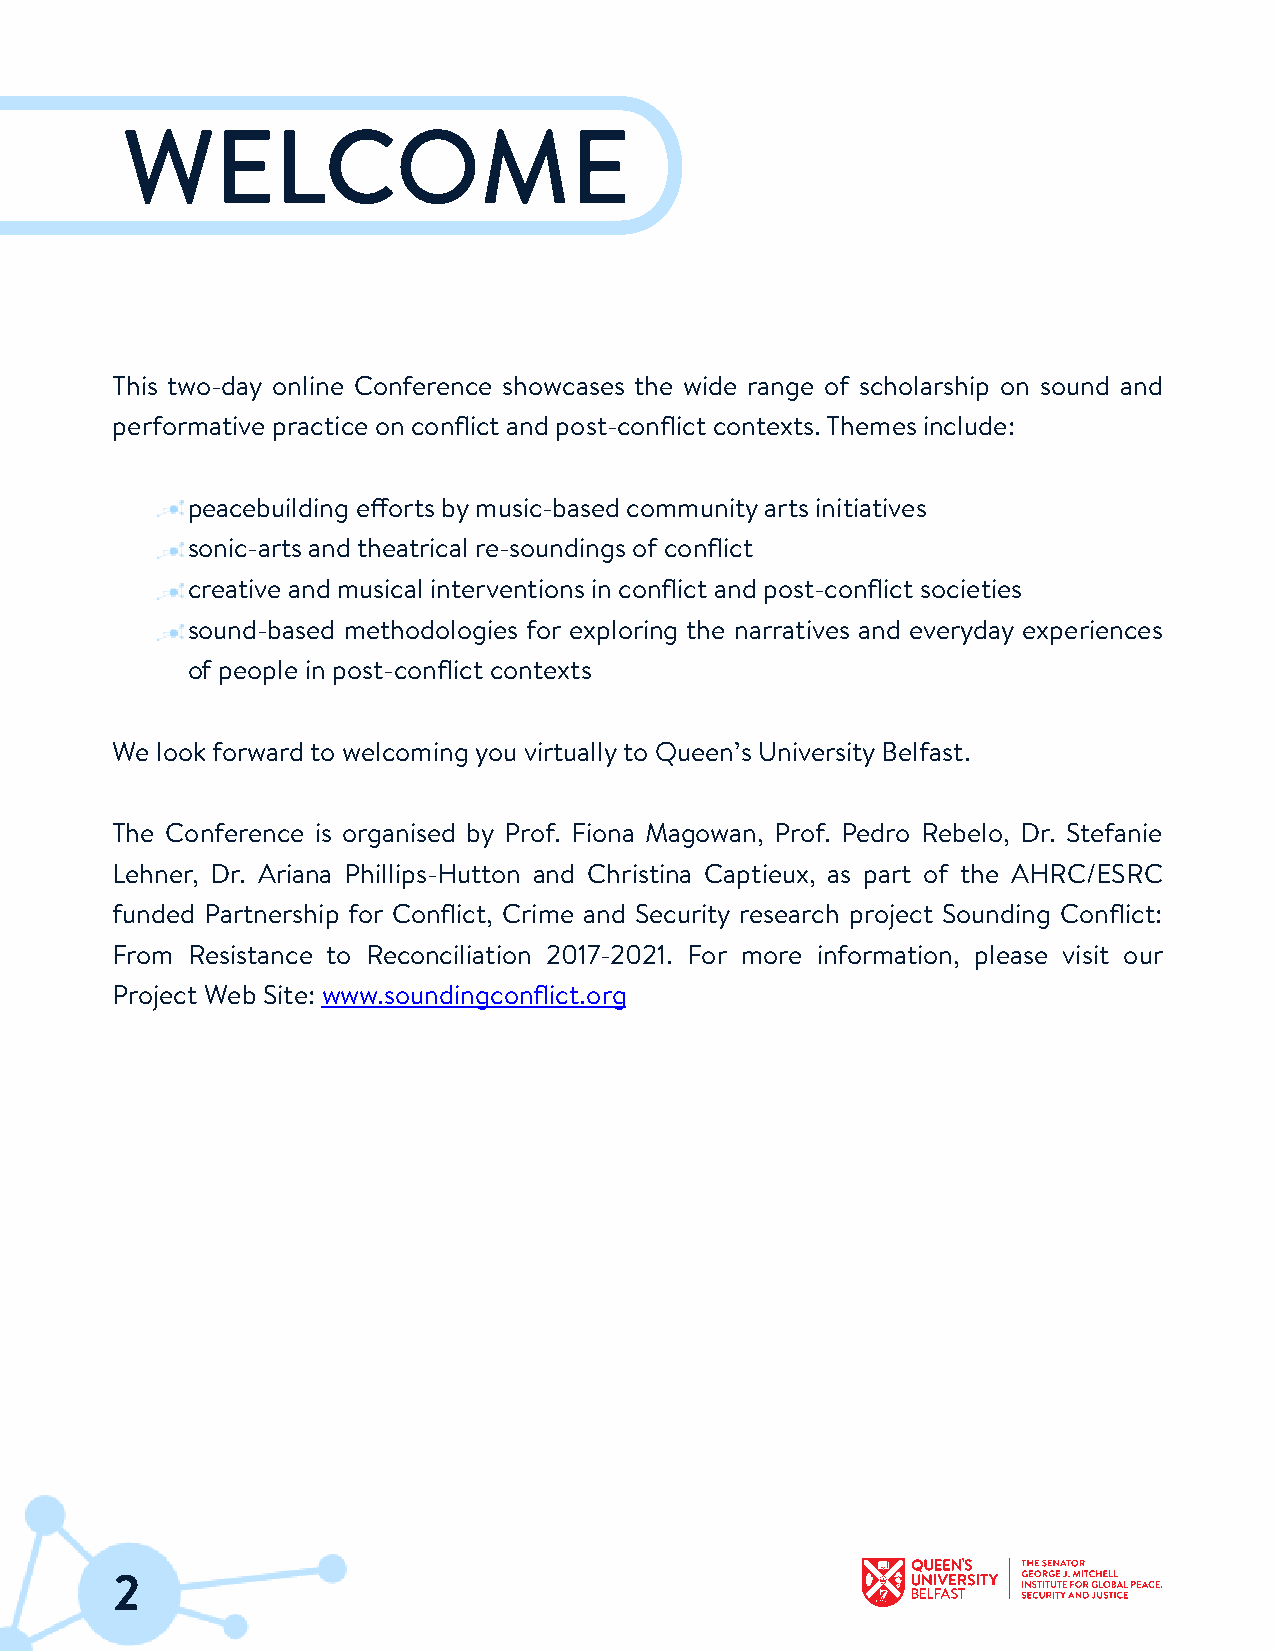
WELCOME
 This two-day online Conference showcases the wide range of scholarship on sound and
 performative practice on conflict and post-conflict contexts.Themes include:
 peacebuilding efforts bymusic-based communityarts initiatives
 sonic-arts andtheatrical re-soundings of conflict
 creative and musical interventions in conflict and post-conflict societies
 sound-based methodologies for exploring the narratives and everyday experiences
 of people in post-conflict contexts
 We lookforwardto welcoming you virtuallyto Queen’s UniversityBelfast.
 The Conference is organised by Prof. Fiona Magowan, Prof. Pedro Rebelo, Dr. Stefanie
 Lehner, Dr. Ariana Phillips-Hutton and Christina Captieux, as part of the AHRC/ESRC
 funded Partnership for Conflict, Crime and Security research project Sounding Conflict:
 From Resistance to Reconciliation 2017-2021. For more information, please visit our
 Project Web Site: www.soundingconflict.org
 2